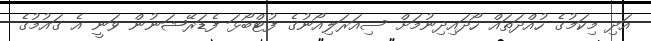
އަދި މިކަމުގެ ހުއްދަތައް ހޯދައިދިނުމަށް ސިއަރަލިއޯނުގެ ފުޓްބޯޅަ ފެޑަރޭޝަނުން ވަނީ އެ ގައުމުގެ